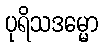
ပုရိသဒမ္မော